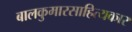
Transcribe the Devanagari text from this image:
बालकुमारसाहित्यकार